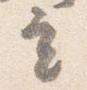
立